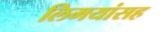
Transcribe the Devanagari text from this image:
लिमयांसह